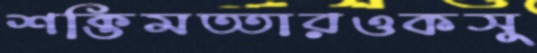
শক্তিমত্তারওকসু